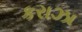
કરાઝા